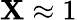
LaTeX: \mathbf{X}\approx1